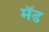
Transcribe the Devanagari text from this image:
मॅड